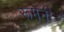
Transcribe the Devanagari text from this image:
रूमेनी